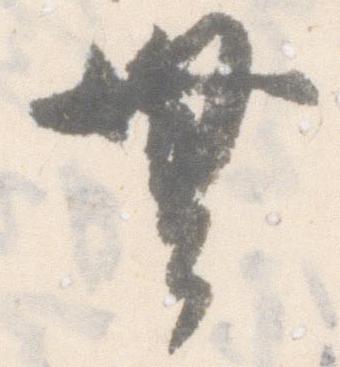
無